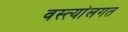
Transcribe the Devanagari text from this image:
वस्त्यांलगत